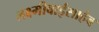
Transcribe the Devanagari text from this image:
लक्ष्मीबाईसाहेब